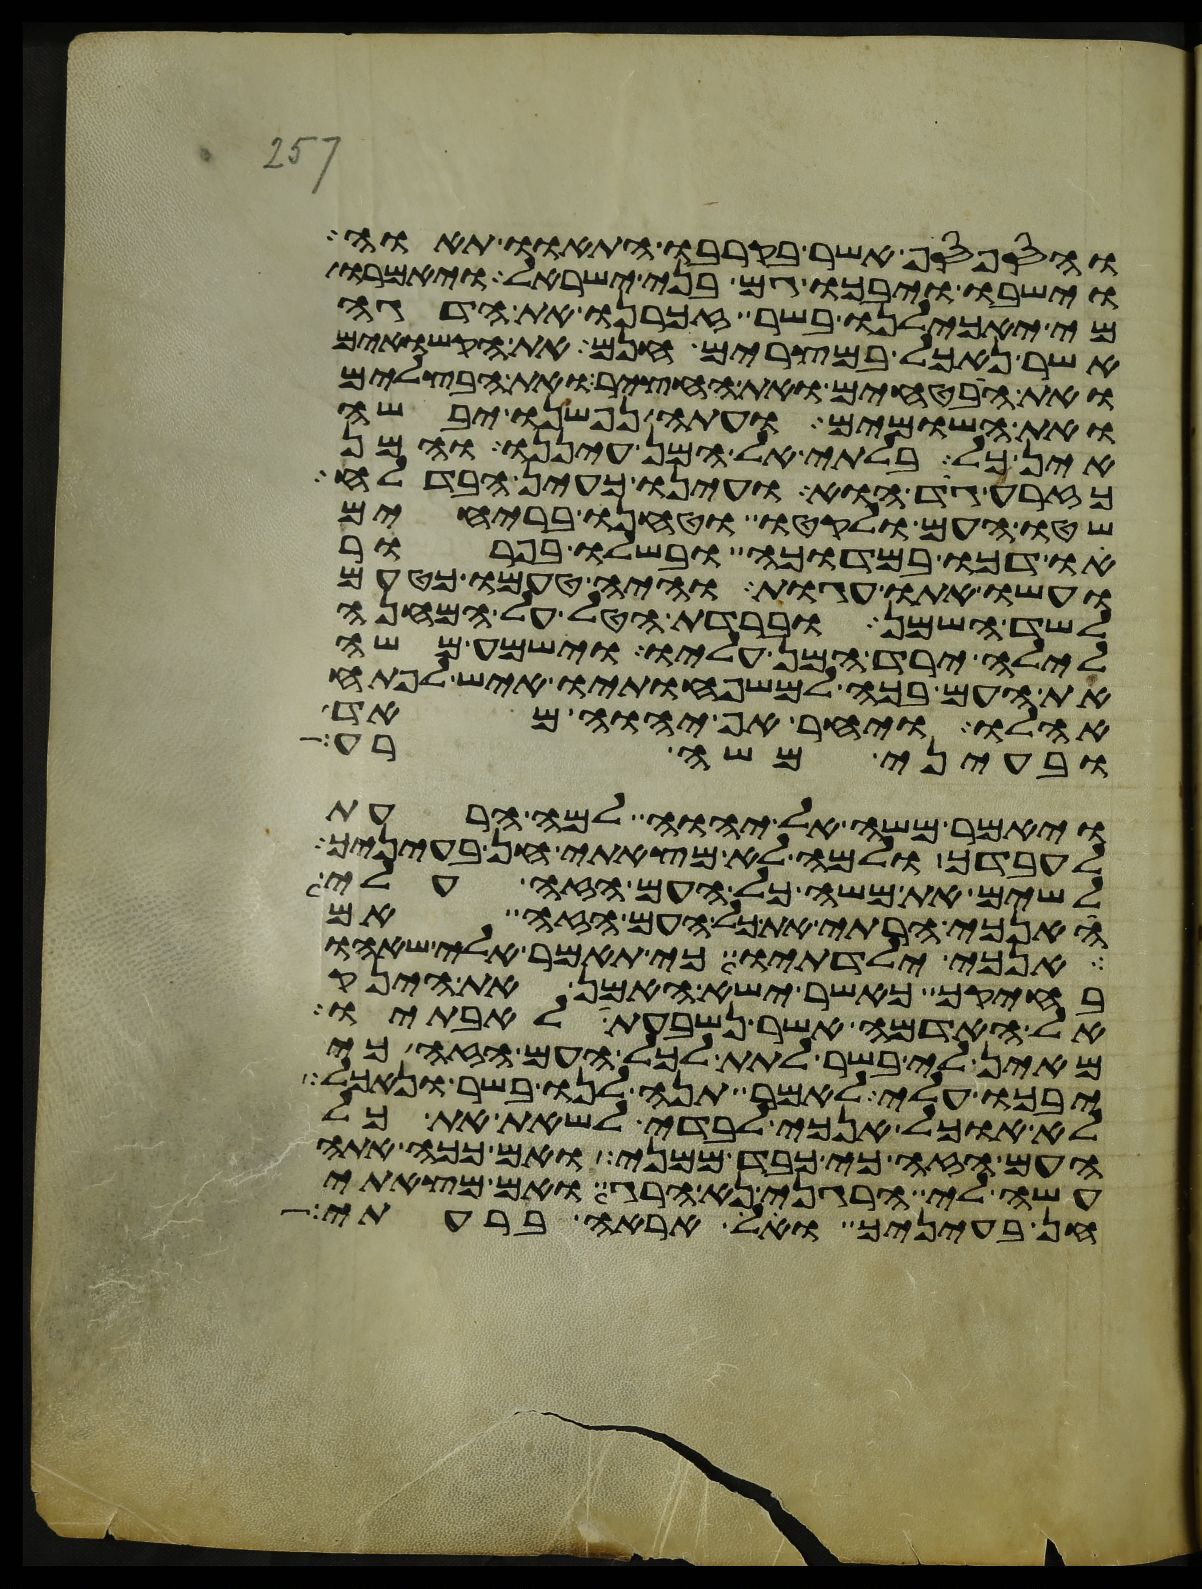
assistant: והספסף אשר בקרבו התאוו תאוה
וישבו ויבכו גם בני ישראל ויאמרו
מי יאכילנו בשר זכרנו את הדגה
אשר נאכל במצרים חנם את הקשואים
ואת הבטחים ואת החציר ואת הבצלים
ואת השומים ועתה נפשנו יבשה
אין כל בלתי אל המן עיננו והמן
כזרע גד הוא ועינו כעין הבדלח
שטו העם ולקטו וטחנו ברחים
ודכו במדוכה ובשלו בפרור
ועשו אתו עגות והיה טעמו כטעם
לשד השמן וברדת הטל על המחנה
לילה ירד המן עליו וישמע משה
את העם בכה למשפחתיו איש לפתח
אהלו ויחר אף יהוה מאד
ובעיני משה רע
ויאמר משה אל יהוה למה הרעת
לעבדך ולמה לא מצאתי חן בעיניך
לשים את משא כל העם הזה עלי
האנכי הרתי את כל העם הזה אם
אנכי ילדתיו כי תאמר אלי שאהו
בחיקך כאשר ישא האמן את הינק
אל האדמה אשר נשבעת לאבתיו
מאין לי בשר לתת לכל העם הזה כי
יבכו עלי לאמר תנה לנו בשר ונאכל
לא אוכל אנכי לבדי לשאת את כל
העם הזה כי כבד ממני ואם ככה אתה
עשה לי הרגני נא הרג ואם מצאתי
חן בעיניך ואל אראה ברעתי